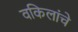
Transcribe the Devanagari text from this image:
वकिलांचे